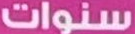
سنوات